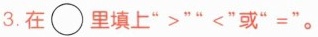
3. 在○里填上”>””<”或”=”。